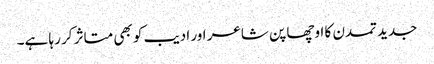
جدید تمدن کا اوچھا پن شاعر اور ادیب کو بھی متاثر کر رہا ہے۔